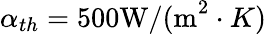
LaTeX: \alpha_{th}=500\textrm{W/(m}^{2}\cdot K)